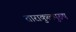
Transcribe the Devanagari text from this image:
ताराकुलपुरुष